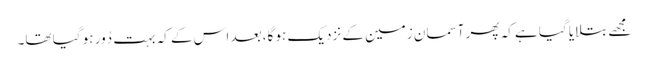
مجھے بتلایا گیا ہے کہ پھر آسمان زمین کے نزدیک ہو گا، بعد اس کے کہ بہت دُور ہو گیا تھا۔